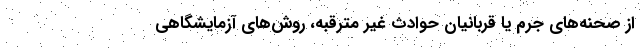
از صحنه‌های جرم یا قربانیان حوادث غیر مترقبه، روش‌های آزمایشگاهی